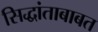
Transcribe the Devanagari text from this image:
सिद्धांताबाबत